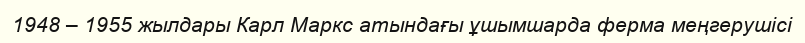
1948 – 1955 жылдары Карл Маркс атындағы ұшымшарда ферма меңгерушісі